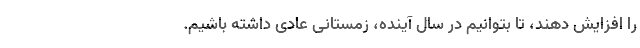
را افزایش دهند، تا بتوانیم در سال آینده، زمستانی عادی داشته باشیم.